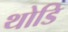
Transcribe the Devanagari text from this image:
थोडि